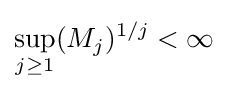
\sup _{j\geq 1}(M_{j})^{1/j}<\infty